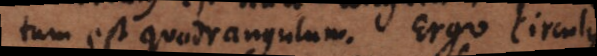
tum est quadrangulum. Ergo circulu